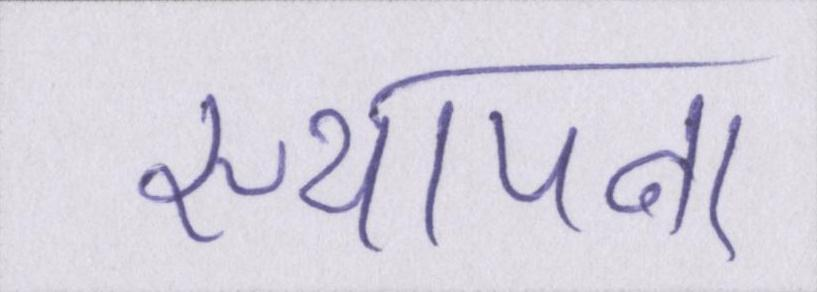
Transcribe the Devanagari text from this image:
स्थापना